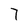
Character: 7